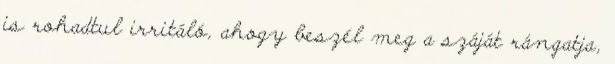
is rohadtul irritáló, ahogy beszél meg a száját rángatja,